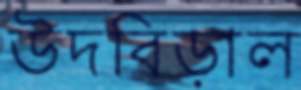
উদবিড়াল